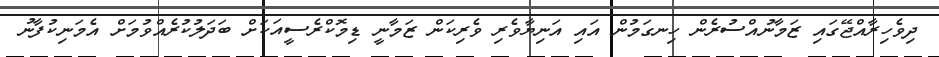
ދިވެހިރާއްޖޭގައި ޒަމާނުއްސުރެން ހިނގަމުން އައި އަނިޔާވެރި ވެރިކަން ޒަމާނީ ޑިމޮކްރެސީއަކަށް ބަދަލުކުރެއްވުމަށް އެމަނިކުފާނު